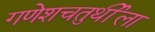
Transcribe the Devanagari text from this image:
गणेशचतुर्थीला